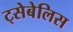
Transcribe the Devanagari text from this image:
ट्सेबेलिस